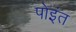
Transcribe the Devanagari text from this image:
पोइंत